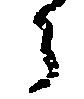
ら